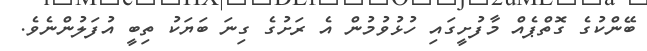
ބޭންކުގެ ގޮތްޕެއް މާފުށީގައި ހުޅުވުމުން އެ ރަށުގެ ގިނަ ބަަޔަކު ތިބީ އުފަލުންނެވެ.